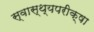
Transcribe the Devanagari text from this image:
स्वास्थ्यपरीक्षा